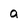
Character: a